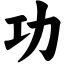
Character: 功